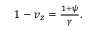
\begin{array} { r } { 1 - v _ { z } = \frac { 1 + \psi } { \gamma } . } \end{array}